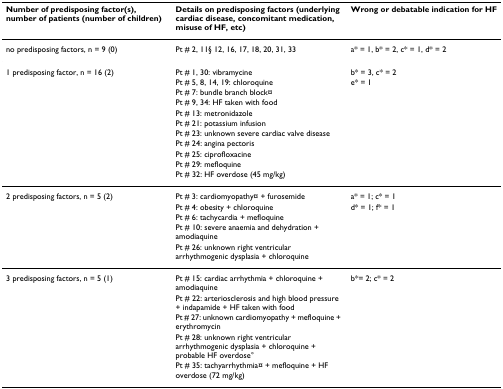
<table><thead><tr><td><b>Number of predisposing factor(s), number of patients (number of children)</b></td><td><b>Details on predisposing factors (underlying cardiac disease, concomitant medication, misuse of HF, etc)</b></td><td><b>Wrong or debatable indication for HF</b></td></tr></thead><tbody><tr><td>no predisposing factors, n = 9 (0)</td><td>Pt # 2, 11§ 12, 16, 17, 18, 20, 31, 33</td><td>a* = 1, b* = 2, c* = 1, d* = 2</td></tr><tr><td>1 predisposing factor, n = 16 (2)</td><td>Pt # 1, 30: vibramycine</td><td>b* = 3, c* = 2</td></tr><tr><td></td><td>Pt # 5, 8, 14, 19: chloroquine</td><td>e* = 1</td></tr><tr><td></td><td>Pt # 7: bundle branch block¤</td><td></td></tr><tr><td></td><td>Pt # 9, 34: HF taken with food</td><td></td></tr><tr><td></td><td>Pt # 13: metronidazole</td><td></td></tr><tr><td></td><td>Pt # 21: potassium infusion</td><td></td></tr><tr><td></td><td>Pt # 23: unknown severe cardiac valve disease</td><td></td></tr><tr><td></td><td>Pt # 24: angina pectoris</td><td></td></tr><tr><td></td><td>Pt # 25: ciprofloxacine</td><td></td></tr><tr><td></td><td>Pt # 29: mefloquine</td><td></td></tr><tr><td></td><td>Pt # 32: HF overdose (45 mg/kg)</td><td></td></tr><tr><td>2 predisposing factors, n = 5 (2)</td><td>Pt # 3: cardiomyopathy¤ + furosemide</td><td>a* = 1; c* = 1</td></tr><tr><td></td><td>Pt # 4: obesity + chloroquine</td><td>d* = 1; f* = 1</td></tr><tr><td></td><td>Pt # 6: tachycardia + mefloquine</td><td></td></tr><tr><td></td><td>Pt # 10: severe anaemia and dehydration + amodiaquine</td><td></td></tr><tr><td></td><td>Pt # 26: unknown right ventricular arrhythmogenic dysplasia + chloroquine</td><td></td></tr><tr><td>3 predisposing factors, n = 5 (1)</td><td>Pt # 15: cardiac arrhythmia + chloroquine + amodiaquine</td><td>b*= 2; c* = 2</td></tr><tr><td></td><td>Pt # 22: arteriosclerosis and high blood pressure + indapamide + HF taken with food</td><td></td></tr><tr><td></td><td>Pt # 27: unknown cardiomyopathy + mefloquine + erythromycin</td><td></td></tr><tr><td></td><td>Pt # 28: unknown right ventricular arrhythmogenic dysplasia + chloroquine + probable HF overdose°</td><td></td></tr><tr><td></td><td>Pt # 35: tachyarrhythmia¤ + mefloquine + HF overdose (72 mg/kg)</td><td></td></tr></tbody></table>